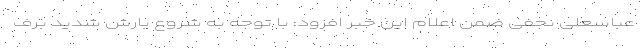
عباسعلی نجفی ضمن اعلام این خبر افزود: با توجه به شروع بارش شدید برف